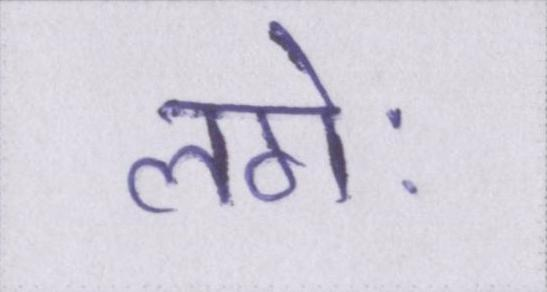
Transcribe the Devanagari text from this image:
लगेः